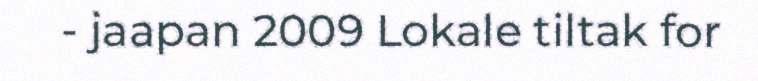
- jaapan 2009 Lokale tiltak for